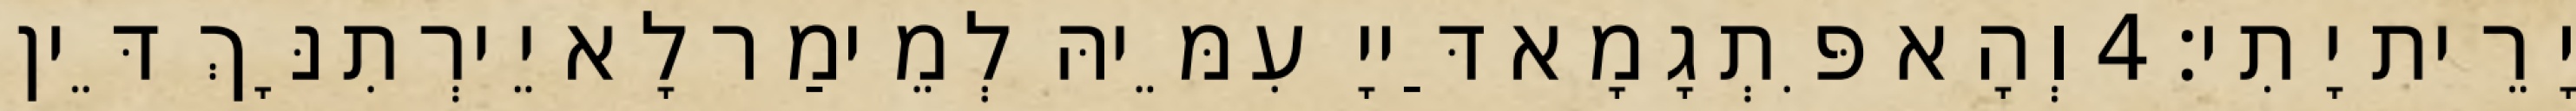
יָרֵית יָתִי׃ 4 וְהָא פִּתְגָמָא דַּייָ עִמֵּיהּ לְמֵימַר לָא יֵירְתִנָּךְ דֵּין